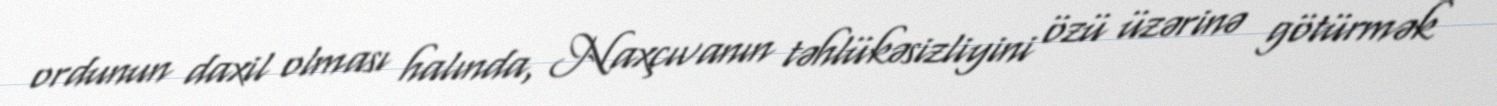
ordunun daxil olması halında, Naxçıvanın təhlükəsizliyini özü üzərinə götürmək